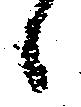
々